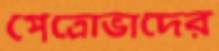
পেত্রোভাদের